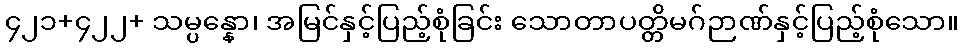
၄၂၁+၄၂၂+ သမ္ပန္နော၊ အမြင်နှင့်ပြည့်စုံခြင်း သောတာပတ္တိမဂ်ဉာဏ်နှင့်ပြည့်စုံသော။